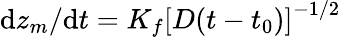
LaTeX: \mathrm{d}z_{m}/\mathrm{d}t=K_{f}\left[D(t-t_{0})\right]^{-1/2}